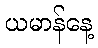
ယမာန်နေ့